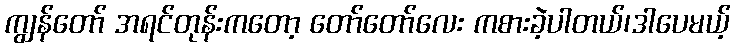
ကျွန်တော် အရင်တုန်းကတော့ တော်တော်လေး ကစားခဲ့ပါတယ်၊ဒါပေမယ့်